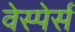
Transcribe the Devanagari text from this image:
वेस्पेर्स